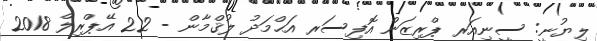
ލިޔުނީ: ސީނިއަރ ޕްރިޒަން އޮފިސަރ އަޙްމަދު ލުޤްމާން - 22 އޭޕްރިލް 2018